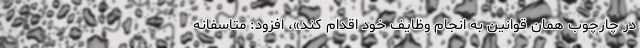
در چارچوب همان قوانین به انجام وظایف خود اقدام کند»، افزود: متاسفانه